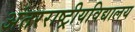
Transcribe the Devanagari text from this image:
अंतरराष्ट्रीयविद्यालय